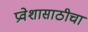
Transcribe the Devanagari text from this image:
प्रवेशासाठीचा